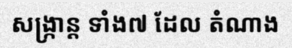
សង្ក្រាន្ត ទាំង៧ ដែល តំណាង